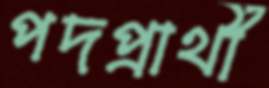
পদপ্রার্থী